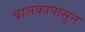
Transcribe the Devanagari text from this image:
बालकापासून